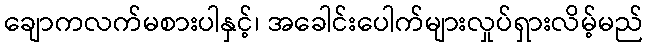
ချောကလက်မစားပါနှင့်၊ အခေါင်းပေါက်များလှုပ်ရှားလိမ့်မည်